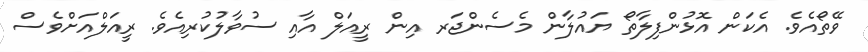
ވޭތޯއެވެ. އެކަން އޮޅުންފިލާތޯ ޔައުލާން މެސެންޖަރ އިން ރީއަލް އާއި ސުވާލުކުރިއެވެ. ރީއަލްއަށްވެސް